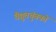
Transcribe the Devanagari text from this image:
वैद्युतचुंबकों